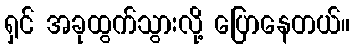
ရှင် အခုထွက်သွားလို့ ပြောနေတယ်။